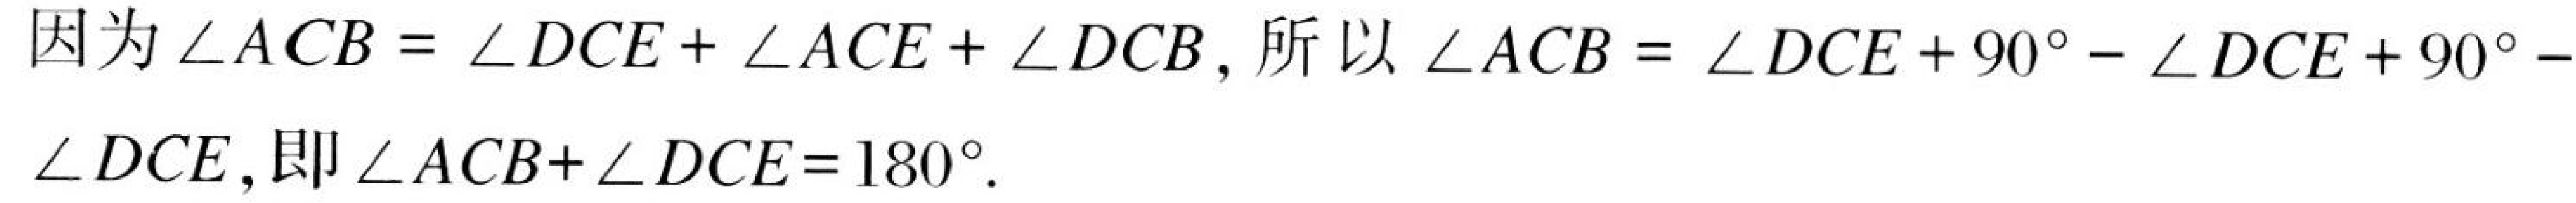
因为$\angle ACB=\angle DCE+\angle ACE+\angle DCB$, 所以$\angle ACB=\angle DCE + 90^{\circ}-\angle DCE+90^{\circ}- \angle DCE$, 即$\angle ACB+\angle DCE = 180^{\circ}$.